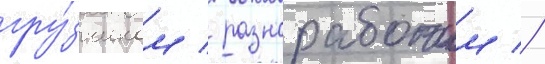
гру́зчиком / разнорабочим //